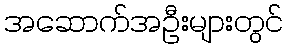
အဆောက်အဦးများတွင်